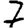
Digit: 7